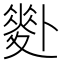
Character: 𠨉